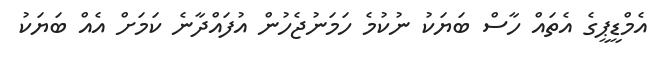
އެމްޑީޕީގެ އެތައް ހާސް ބަޔަކު ނުކުމެ ހަމަނުޖެހުން އުފައްދާނެ ކަމަށް އެއް ބަޔަކު